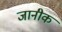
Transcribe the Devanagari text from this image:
जानीक